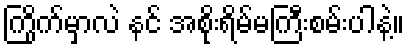
ကြိုက်မှာလဲ နင် အစိုးရိမ်မကြီးစမ်းပါနဲ့။